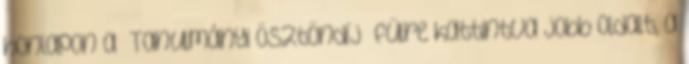
honlapon a „Tanulmányi ösztöndíj” fülre kattintva jobb oldalt, a